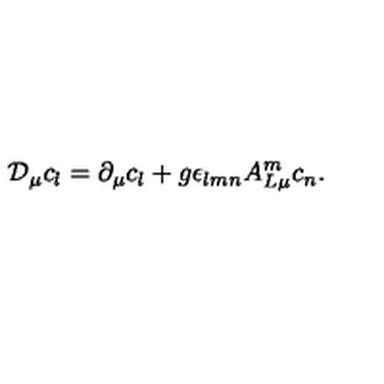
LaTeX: { \cal D } _ { \mu } c _ { l } = \partial _ { \mu } c _ { l } + g \epsilon _ { l m n } A _ { L \mu } ^ { m } c _ { n } .